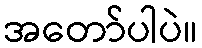
အတော်ပါပဲ။